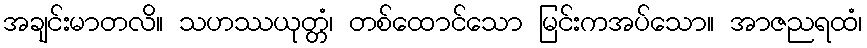
အချင်းမာတလိ။ သဟဿယုတ္တံ၊ တစ်ထောင်သော မြင်းကအပ်သော။ အာဇညရထံ၊